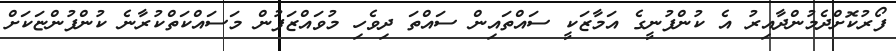
ފޯރުކޮށްދެމުންދާއިރު އެ ކުންފުނީގެ އަމާޒަކީ ސައްތައިން ސައްތަ ދިވެހި މުވައްޒަފުން މަސައްކަތްކުރާނެ ކުންފުންޏަކަށް